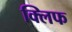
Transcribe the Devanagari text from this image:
क्‍लिफ